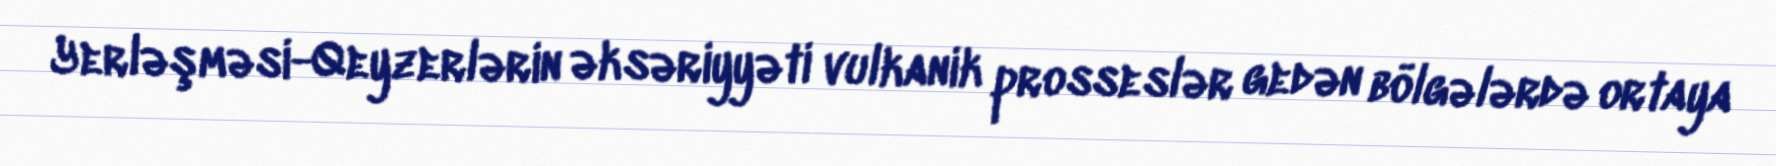
Yerləşməsi-Qeyzerlərin əksəriyyəti vulkanik prosseslər gedən bölgələrdə ortaya